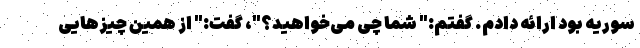
سوریه بود ارائه دادم. گفتم:" شما چی می‌خواهید؟"، گفت:" از همین چیزهایی